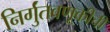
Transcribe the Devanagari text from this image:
निर्गुंतवणूकीची